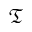
\mathfrak { T }